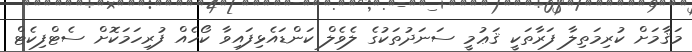
މަޤާމަށް ކުރިމަތިލާ ފަރާތަކީ ޤަޢުމީ ސަނަދުތަކުގެ ލެވެލް ކަންޑައެޅިފައިވާ ކޯހެއް ފުރިހަމަކޮށް ސެޓްފިކެޓް